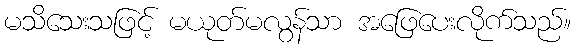
မသိသေးသဖြင့် မယုတ်မလွန်သာ အဖြေပေးလိုက်သည်။